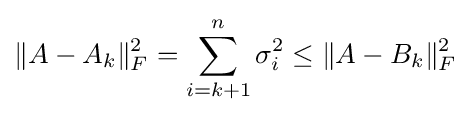
\|A-A_{k}\|_{F}^{2}=\sum _{i=k+1}^{n}\sigma _{i}^{2}\leq \|A-B_{k}\|_{F}^{2}